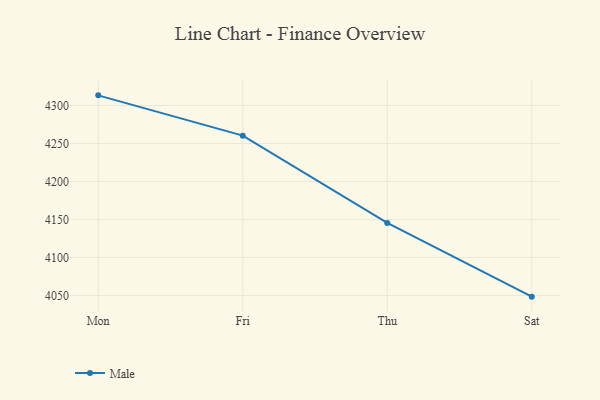
{"axis": {"x": "Day", "y": "Satisfaction Score"}, "legend": ["Male"], "data": [{"x": "Mon", "y": 4313.4, "type": "Male"}, {"x": "Fri", "y": 4260.4, "type": "Male"}, {"x": "Thu", "y": 4145.5, "type": "Male"}, {"x": "Sat", "y": 4048.5, "type": "Male"}]}